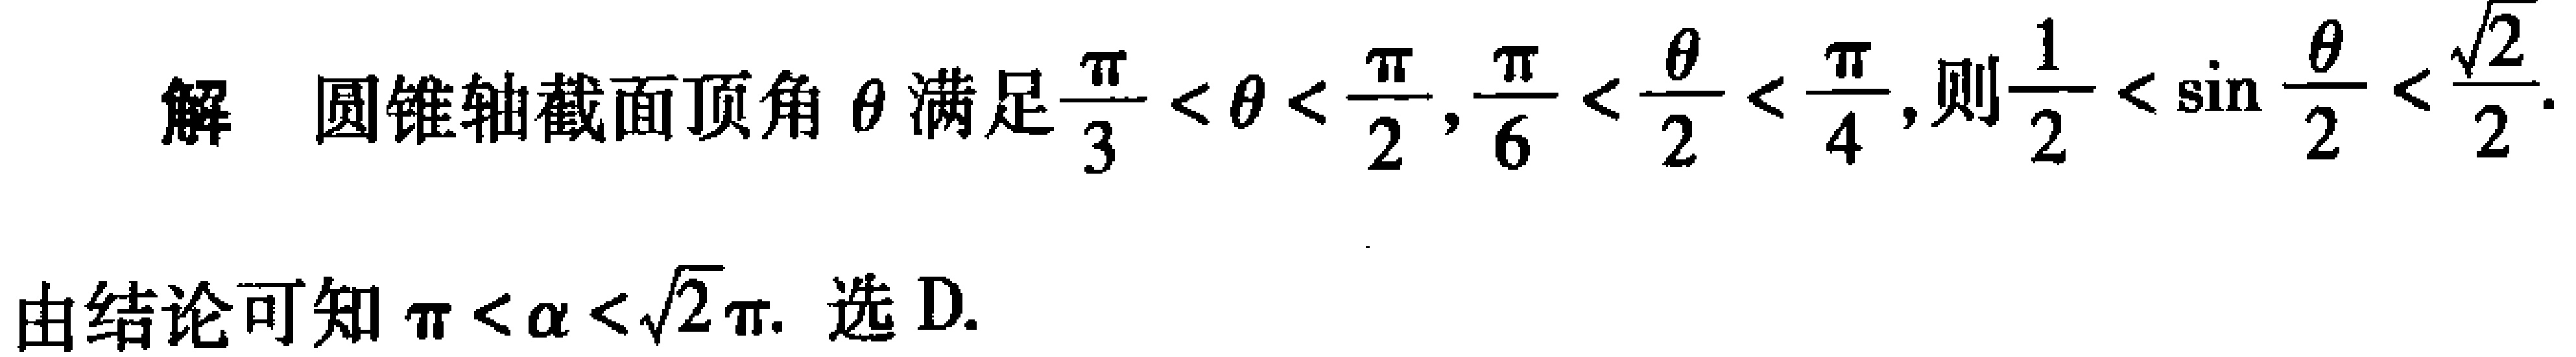
解 圆锥轴截面顶角\(\theta\)满足\(\frac{\pi}{3}<\theta<\frac{\pi}{2}\)，\(\frac{\pi}{6}<\frac{\theta}{2}<\frac{\pi}{4}\)，则\(\frac{1}{2}<\sin\frac{\theta}{2}<\frac{\sqrt{2}}{2}\)。
由结论可知\(\pi<\alpha<\sqrt{2}\pi\). 选D.